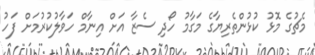
މެޗުގެ މޮޅު ކުޅުންތެރިޔާގެ މަގާމު ހޯދި ސެޒާ އަށް އިނާމް ހަވާލުކުރުމަށް ފަހު